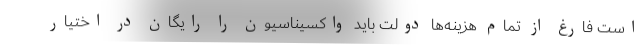
است فارغ از تمام هزینه‌ها دولت باید واکسیناسیون را رایگان در اختیار